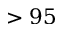
> 9 5